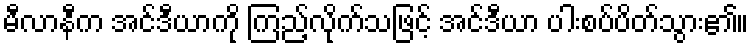
မီလာနီက အင်ဒီယာကို ကြည့်လိုက်သဖြင့် အင်ဒီယာ ပါးစပ်ပိတ်သွား၏။